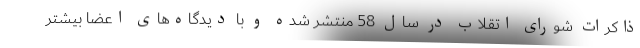
ذاکرات شورای اتقلاب در سال 58 منتشر شده و با دیدگاه‌های اعضا بیشتر